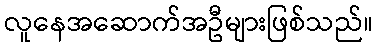
လူနေအဆောက်အဦများဖြစ်သည်။